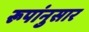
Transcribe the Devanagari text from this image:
रूपांनुसार